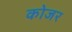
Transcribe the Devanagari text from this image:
कोजर